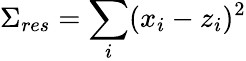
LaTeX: \Sigma_{res}=\sum_{i}(x_{i}-z_{i})^{2}